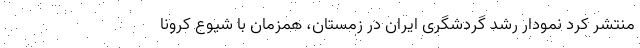
منتشر کرد نمودار رشد گردشگری ایران در زمستان، همزمان با شیوع کرونا